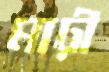
মাঢ়ী